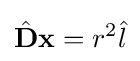
{\hat {\mathbf {D} }}\mathbf {x} =r^{2}{\hat {l}}